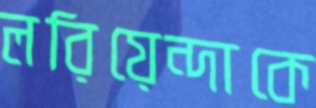
লরিয়েন্দাকে